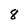
Character: 8